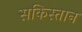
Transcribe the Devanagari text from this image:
सकिस्तान